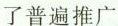
了普遍推广